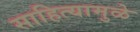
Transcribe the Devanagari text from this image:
साहित्यामुळे